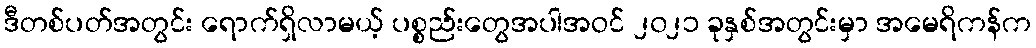
ဒီတစ်ပတ်အတွင်း ရောက်ရှိလာမယ့် ပစ္စည်းတွေအပါအဝင် ၂၀၂၁ ခုနှစ်အတွင်းမှာ အမေရိကန်က